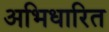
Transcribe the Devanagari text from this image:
अभिधारित